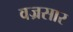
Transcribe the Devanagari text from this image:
वज्रसार